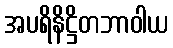
အပရိနိဋ္ဌိတဘာဝါယ